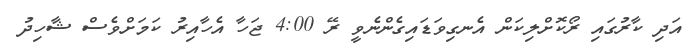
އަދި ކާރުގައި ރޯކޮށްލިކަން އެނގިވަޑައިގެންނެވީ ރޭ 4:00 ޖަހާ އެހާއިރު ކަމަށްވެސް ޝާހިދު